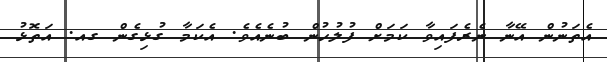
އެތަނުން އޭނާ ނެރެފައިވާ ކަމަށް ފުލުހުން ބުނެއެވެ. އެކަމާ ގުޅިގެން ގއ. އަތޮޅު